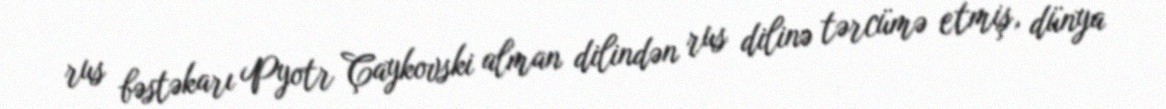
rus bəstəkarı Pyotr Çaykovski alman dilindən rus dilinə tərcümə etmiş, dünya